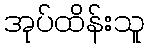
အုပ်ထိန်းသူ